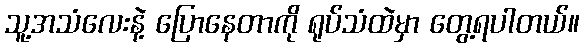
သူ့အသံလေးနဲ့ ပြောနေတာကို ရုပ်သံထဲမှာ တွေ့ရပါတယ်။